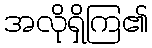
အလိုရှိကြ၏